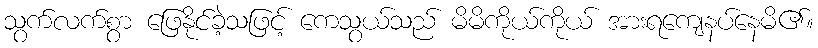
သွက်လက်စွာ ဖြေနိုင်ခဲ့သဖြင့် ကေသွယ်သည် မိမိကိုယ်ကိုယ် အားရကျေနပ်နေမိ၏။